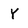
Character: Y